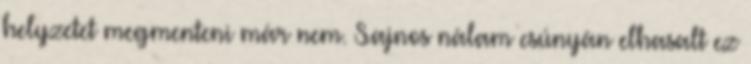
helyzetet megmenteni már nem. Sajnos nálam csúnyán elhasalt ez